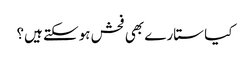
کیا ستارے بھی فحش ہوسکتے ہیں؟